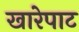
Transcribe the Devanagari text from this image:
खारेपाट